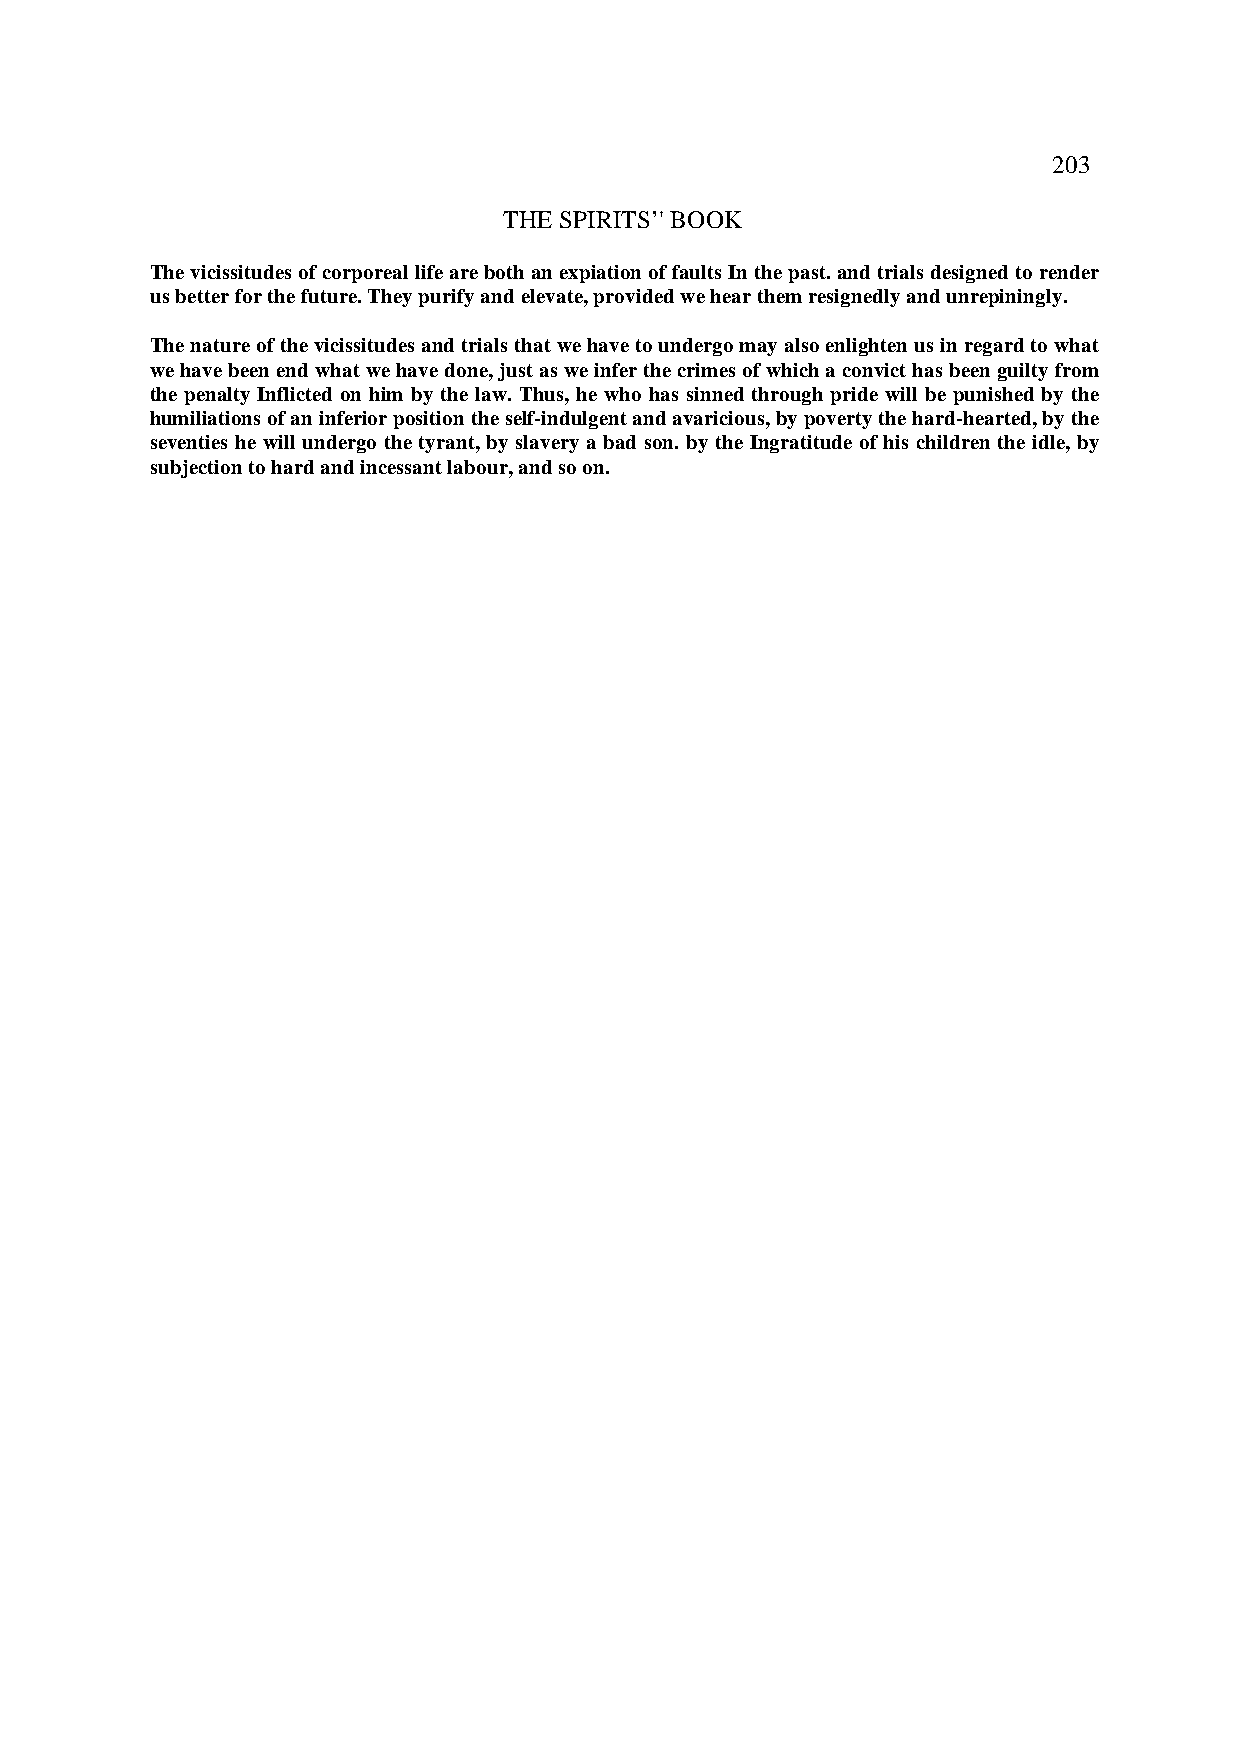
203
 THE SPIRITS’' BOOK
 The vicissitudes of corporeal life are both an expiation of faults In the past. and trials designed to render
 us better for the future. They purify and elevate, provided we hear them resignedly and unrepiningly.
 The nature of the vicissitudes and trials that we have to undergo may also enlighten us in regard to what
 we have been end what we have done, just as we infer the crimes of which a convict has been guilty from
 the penalty Inflicted on him by the law. Thus, he who has sinned through pride will be punished by the
 humiliations of an inferior position the self-indulgent and avaricious, by poverty the hard-hearted, by the
 seventies he will undergo the tyrant, by slavery a bad son. by the Ingratitude of his children the idle, by
 subjection to hard and incessant labour, and so on.